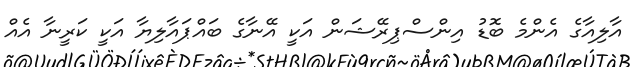
އާލިއާގެ އެންމެ ބޮޑު އިންސްޕިރޭޝަން އަކީ އޭނާގެ ބައްޕައާލިޔާ އަކީ ކަރީނާ އެއް